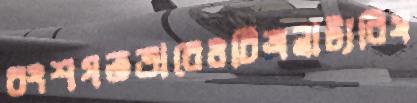
বংশগতভাবেওচিত্রনাট্যবিষ